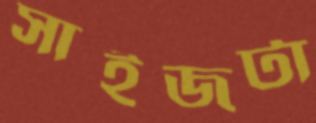
সাইজটা